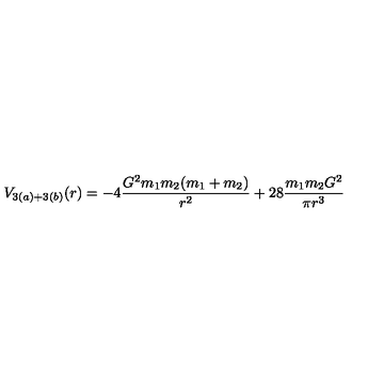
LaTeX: V _ { 3 ( a ) + 3 ( b ) } ( r ) = - 4 \frac { G ^ { 2 } m _ { 1 } m _ { 2 } ( m _ { 1 } + m _ { 2 } ) } { r ^ { 2 } } + 2 8 \frac { m _ { 1 } m _ { 2 } G ^ { 2 } } { \pi r ^ { 3 } }